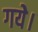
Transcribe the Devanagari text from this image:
गयेे।